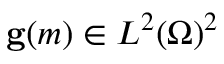
\mathbf { g } ( m ) \in L ^ { 2 } ( \Omega ) ^ { 2 }